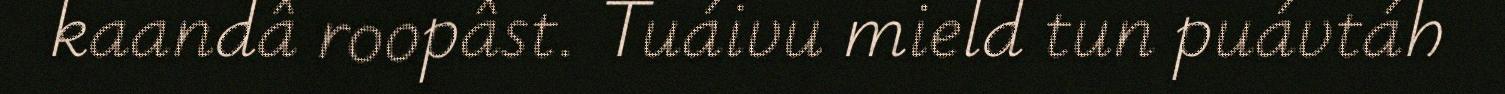
kaandâ roopâst. Tuáivu mield tun puávtáh